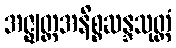
အဇ္ဈတ္တအနိစ္စဆန္ဒသုတ္တံ